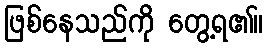
ဖြစ်နေသည်ကို တွေ့ရ၏။